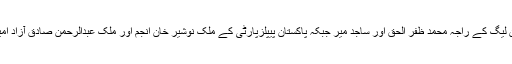
ٹیکنوکریٹ اور علماء کی دو سیٹوں پر ن لیگ کے راجہ محمد ظفر الحق اور ساجد میر جبکہ پاکستان پیپلزپارٹی کے ملک نوشیر خان انجم اور ملک عبدالرحمن صادق آزاد امیدواروں کی حیثیت سے سامنے آئے ہیں۔